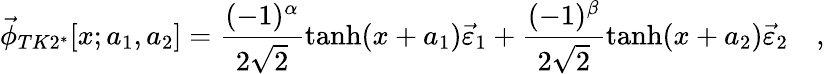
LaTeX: \vec{\phi}_{TK2^{*}}[x;a_{1},a_{2}]=\frac{(-1)^{\alpha}}{2\sqrt{2}}\operatorname{tanh}(x+a_{1})\vec{\varepsilon}_{1}+\frac{(-1)^{\beta}}{2\sqrt{2}}\operatorname{tanh}(x+a_{2})\vec{\varepsilon}_{2}\quad,